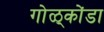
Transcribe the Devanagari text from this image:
गोळ्कोंडा